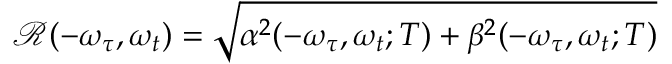
\mathscr { R } ( - \omega _ { \tau } , \omega _ { t } ) = \sqrt { \alpha ^ { 2 } ( - \omega _ { \tau } , \omega _ { t } ; T ) + \beta ^ { 2 } ( - \omega _ { \tau } , \omega _ { t } ; T ) }